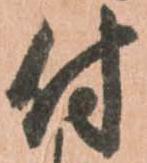
付